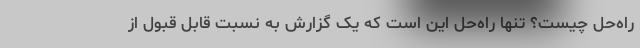
راه‌حل چیست؟ تنها راه‌حل این است که یک گزارش به نسبت قابل قبول از